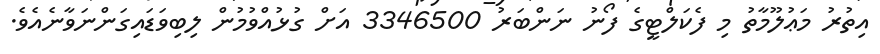
އިތުރު މަޢުލޫމާތު މި ފެކަލްޓީގެ ފޯނު ނަންބަރު 3346500 އަށް ގުޅުއްވުމުން ލިބިވަޑައިގަންނަވާނެއެވެ.